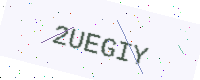
Text: 2UEGIY